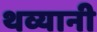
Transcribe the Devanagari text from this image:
थव्यानी